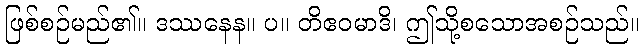
ဖြစ်စဉ်မည်၏။ ဒဿနေန။ ပ။ တိဧဝမာဒိ၊ ဤသို့စသောအစဉ်သည်။